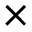
\times